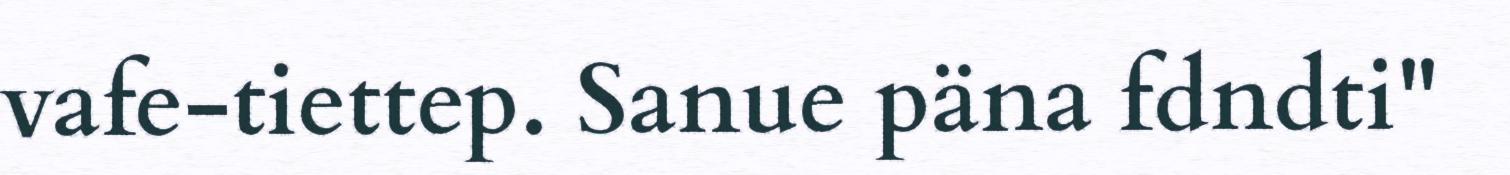
vafe-tiettep. Sanue päna fdndti"